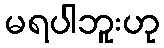
မရပါဘူးဟု